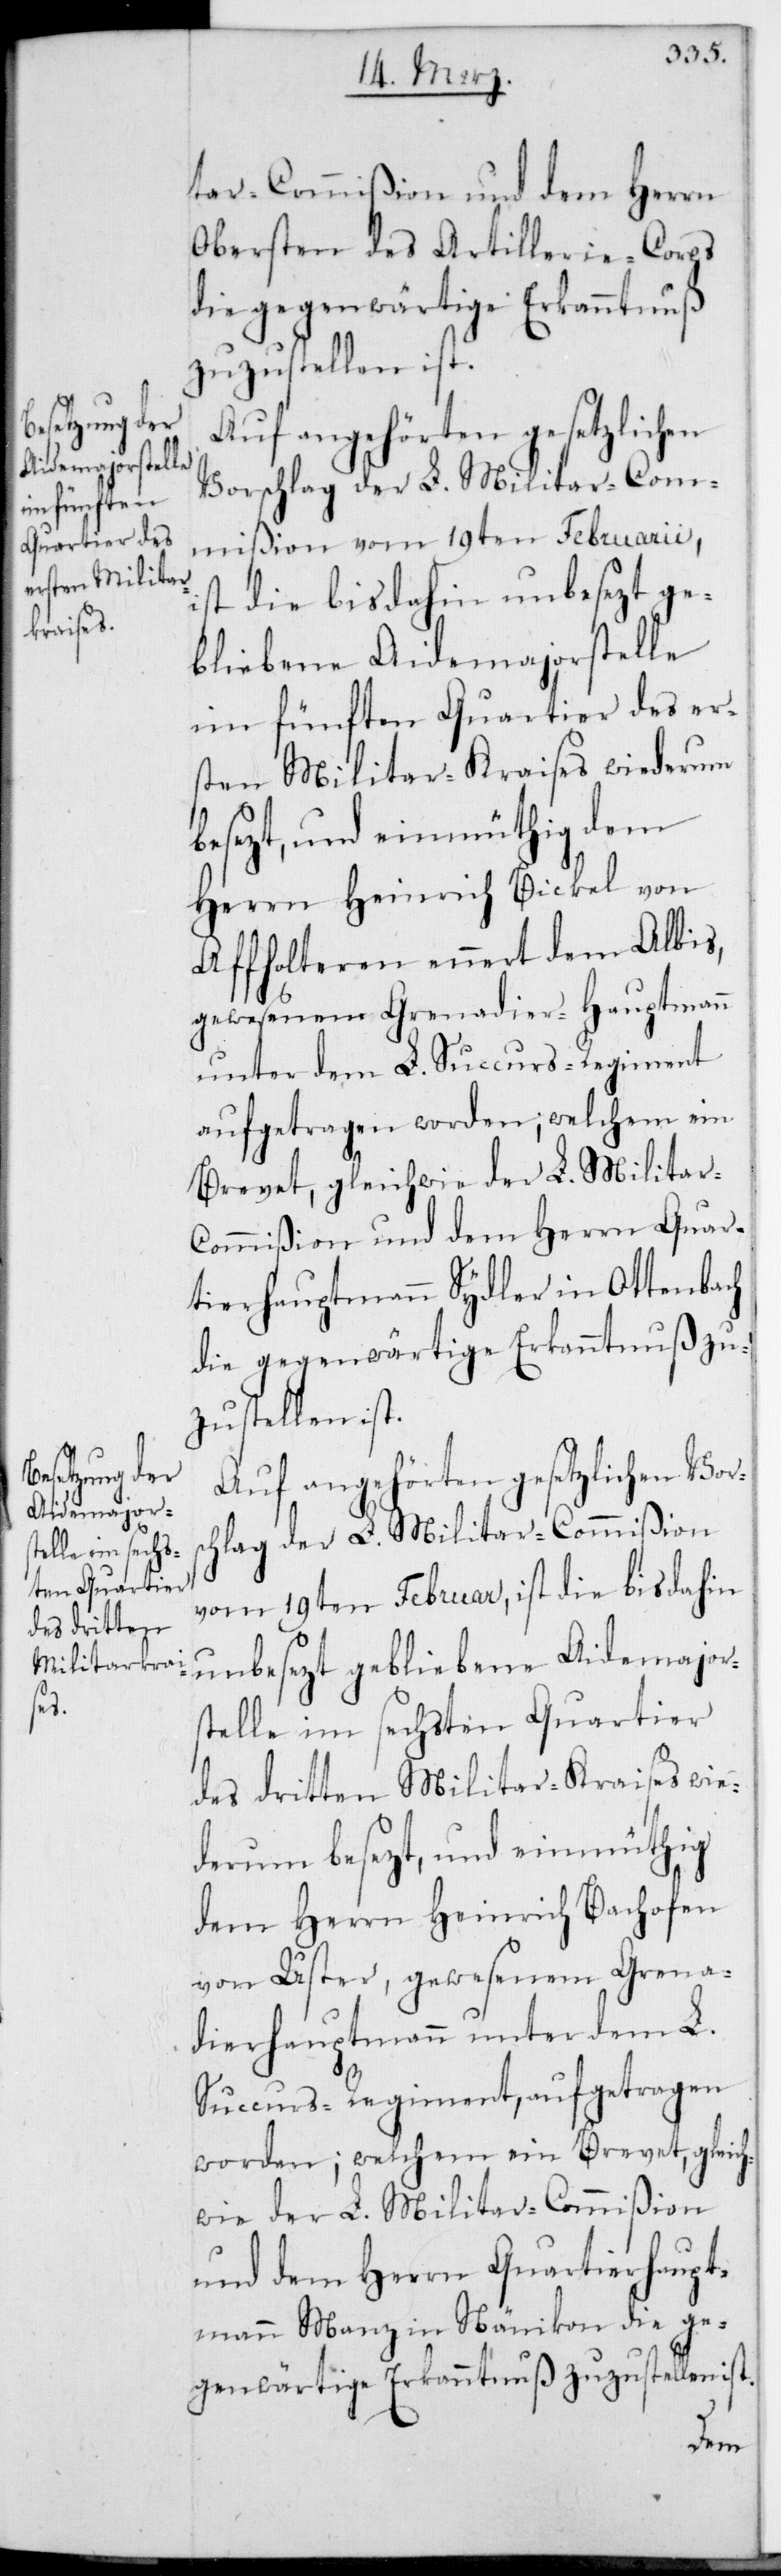
ar-Commißion und dem Herrn
Obersten des Artilleriecorps
die gegenwärtige Erkanntnuß
zuzustellen ist.
Auf angehörten gesetzlichen
Vorschlag der L. Militar-Com¬
mißion vom 19ten Februarii,
ist die bis dahin unbesetzt ge¬
bliebene Aidemajorstelle
im fünften Quartier des er¬
sten Militar-Kraises wiederum
besetzt, und einmüthig dem
Herrn Heinrich Bickel von
Affoltern ennert dem Albis,
gewesenen Grenadier-Hauptmann
unter dem L. Succursregiment
aufgetragen worden, welchem ein
Brevet, gleichwie der L. Militar-C¬
ommißion und dem Herrn Quar¬
tierhauptmann Sydler in Ottenbach
die gegenwärtige Erkanntnuß zu¬
zustellen ist.
Auf angehörten gesetzlichen Vors¬
chlag der L. Militar-Commißion
vom 19ten Februar, ist die bis dahin
unbesetzt gebliebene Aidemajor¬
stelle im sechsten Quartier
des dritten Militair-Kraises wie¬
derum besetzt, und einmüthig
dem Herrn Heinrich Bachofen
von Uster, gewesenem Grena¬
dierhauptmann unter dem L.
Succursregiment, aufgetragen
worden; welchem ein Brevet, gleich¬
wie der L. Militar-Commißion
und dem Herrn Quartierhaupt¬
mann Manz in Nänikon die ge¬
genwärtige Erkanntnuß zuzustellen ist.